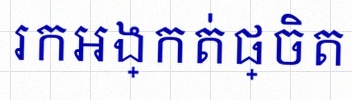
រកអង្កត់ផ្ចិត